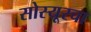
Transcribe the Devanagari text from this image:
सोस्यूरचा